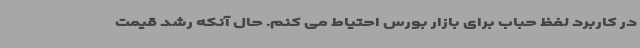
در کاربرد لفظ حباب برای بازار بورس احتیاط می کنم. حال آنکه رشد قیمت